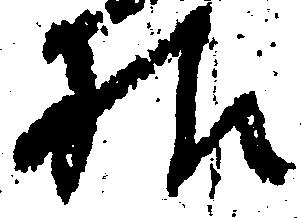
様